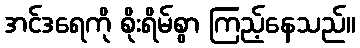
အင်ဒရေကို စိုးရိမ်စွာ ကြည့်နေသည်။